Calcutta medical institutions reports 1879-81 [i.e.91]
Year: 1879
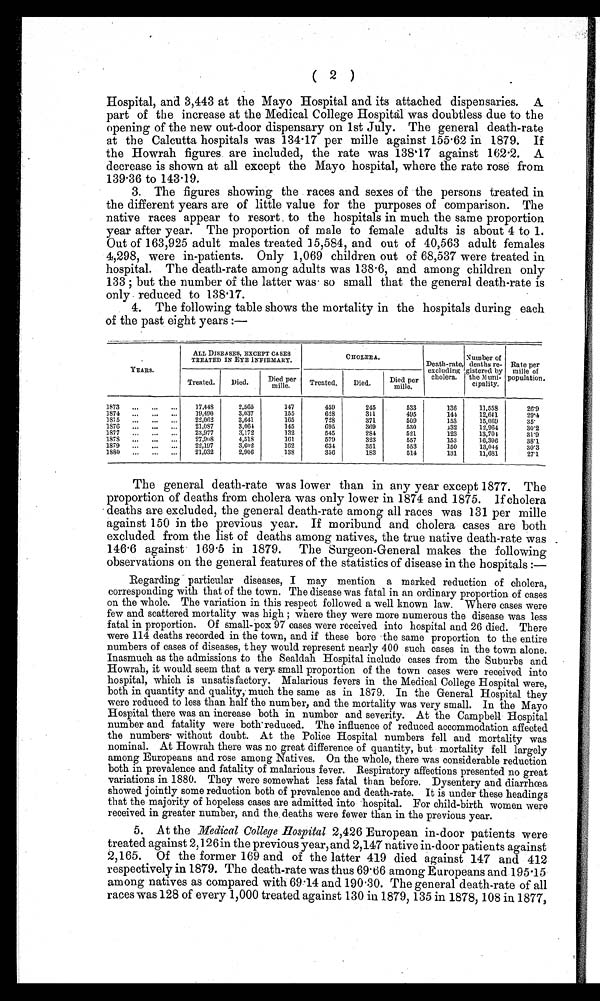
( 2 )
Hospital, and 3,443 at the Mayo Hospital and its attached dispensaries. A
part of the increase at the Medical College Hospital was doubtless due to the
opening of the new out-door dispensary on 1st July. The general death-rate
at the Calcutta hospitals was 134.17 per mille against 155.62 in 1879. If
the Howrah figures are included, the rate was 138'17 against 162.2. A
decrease is shown at all except the Mayo hospital, where the rate rose from
139.36 to 143.19.
3. The figures showing the races and sexes of the persons treated in
the different years are of little value for the purposes of comparison. The
native races appear to resort. to the hospitals in much the same proportion
year after year. The proportion of male to female adults is about 4 to 1.
Out of 163,925 adult males treated 15,584, and out of 40,563 adult females
4,298, were in-patients. Only 1,069 children out of 68,537 were treated in
hospital. The death-rate among adults was 138.6, and among children only
133 ; but the number of the latter was so small that the general death-rate is
only reduced to 138.17.
4. The following table shows the mortality in the hospitals during each
of the past eight years :-
ALL DISEASES, EXCEPT CASES
C 110LERA.
Number of
TREATED IN EYE INFIRMARY.
Death-rate, deaths re- Rate per
YEARS.
excluding gistered by
mille of
cholera.
the 31uni- population.
Treated.
Died.
Died per
Treated.
Died.
raffle.
Died per
cipality.
mill
1873
...
..,
...
17,448
2,565
147
459
245
533
136
11,558
26'9
1S74
...
...
...
19,490
3,037
155
628
311
495
141
12,691
29,1
187 5
...
...
...
22,062
3,641
165
728
371
509
153
15,069
35*
1876
...
...
...
21,087
3,061
145
695
369
530
132
12,061
30'2
1877 ...
...
..,
23,977
3,172
132
545
281
521
123
13,701
31'9
1878
...
...
...
27,908
9,518
161
579
323
557
153
16,396
38'1
1879
...
...
...
22,197
3,602
162
034
351
553
150
13,044
30'3
1880
...
...
21,032
2,006
138
356
183
514
131
11,681
27'1
The general death-rate was lower than in any year except 1877. The
proportion of deaths from cholera was only lower in 1874 and 1875. If cholera
deaths are excluded, the general death-rate among all races was 131 per mille
against 150 in the previous year. If moribund and cholera cases are both
excluded from the list of deaths among natives, the true native death-rate was .
1466 against 169.5 in 1879. The Surgeon-General makes the following
observations on the general features of the statistics of disease in the hospitals :-
Regarding particular diseases, I may mention a marked reduction of cholera,
corresponding with that of the town. The disease was fatal in an ordinary proportion of cases
on the whole. The variation in this respect followed a well known law. Where cases were
few and scattered mortality was high ; where they were more numerous the disease was less
fatal in proportion. Of small-pox 97 cases were received into hospital and 26 died. There
were 114 deaths recorded in the town, and if these bore the same proportion to the entire
numbers of cases of diseases, t hey would represent nearly 400 such cases in the town alone.
Inasmuch as the admissions to the Sealdah Hospital include cases from the Suburbs and
Howrah, it would seem that a very small proportion of the town cases were received into
hospital, which is unsatisfactory. Malarious fevers in the Medical College Hospital were,
both in quantity and quality,- much the same as in 1879. In the General Hospital they
were reduced to less than half the number, and the mortality was very small. In the Mayo
Hospital there was an increase both in number and severity. At the Campbell Hospital
number and fatality were both* reduced. The influence of reduced accommodation affected
the numbers- without doubt. At the Police Hospital numbers fell and mortality was
nominal. At Howrah there was no great difference of quantity, but mortality fell largely
among Europeans and rose among Natives. On the whole, there was considerable reduction
both in prevalence and fatality of malarious fever. Respiratory affections presented no great
variations in 1880. They were somewhat less fatal than before. Dysentery and diarrhoea
showed jointly some reduction both of prevalence and death-rate. It is under these headings
that the majority of hopeless cases are admitted into hospital. For child-birth women were
received in greater number, and the deaths were fewer than in the previous year.
5. At the Medical College ilospital 2,426 European in-door patients were
treated against 2,126in the previous year, and 2,147 native in-door patients against
2,165. Of the former 169 and of the latter 419 died against 147 and 412
respectively in 1879. The death-rate was thus 69 . 66 among Europeans and 195.15
among natives as compared with 6914 and 19030. The general death-rate of all
races was 128 of every 1,000 treated against 130 in 1879, 135 in 1878, 108 in 18779